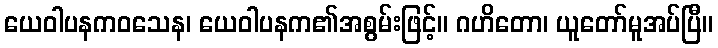
ယေဝါပနကဝသေန၊ ယေဝါပနက၏အစွမ်းဖြင့်။ ဂဟိတော၊ ယူတော်မူအပ်ပြီ။